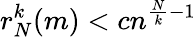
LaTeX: r_{N}^{k}(m)<cn^{{\frac{N}{k}}-1}